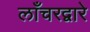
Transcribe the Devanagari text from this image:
लाँचरद्वारे